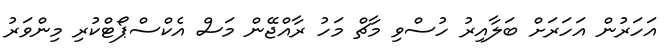
އަހަރުން އަހަރަށް ބަލާއިރު ހުސްވި މާޗް މަހު ރާއްޖޭން މަސް އެކްސްޕޯޓްކުރި މިންވަރު